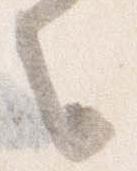
之